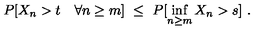
P [ X _ { n } > t \quad \forall n \ge m ] \ \le \ P [ \inf _ { n \ge m } X _ { n } > s ] \ .